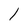
Character: l